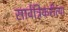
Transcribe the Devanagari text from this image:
सार्वत्रिकरीत्या